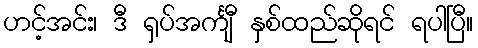
ဟင့်အင်း၊ ဒီ ရှပ်အင်္ကျီ နှစ်ထည်ဆိုရင် ရပါပြီ။